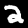
Digit: 2